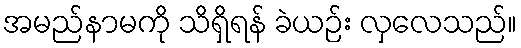
အမည်နာမကို သိရှိရန် ခဲယဉ်း လှလေသည်။